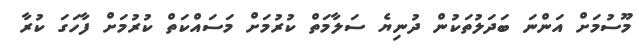
މޫސުމަށް އަންނަ ބަދަލުތަކުން ދުނިޔެ ސަލާމަތް ކުރުމަށް މަސައްކަތް ކުރުމަށް ފާހަގަ ކުރާ